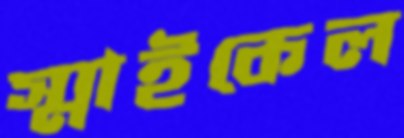
স্মাইকেল